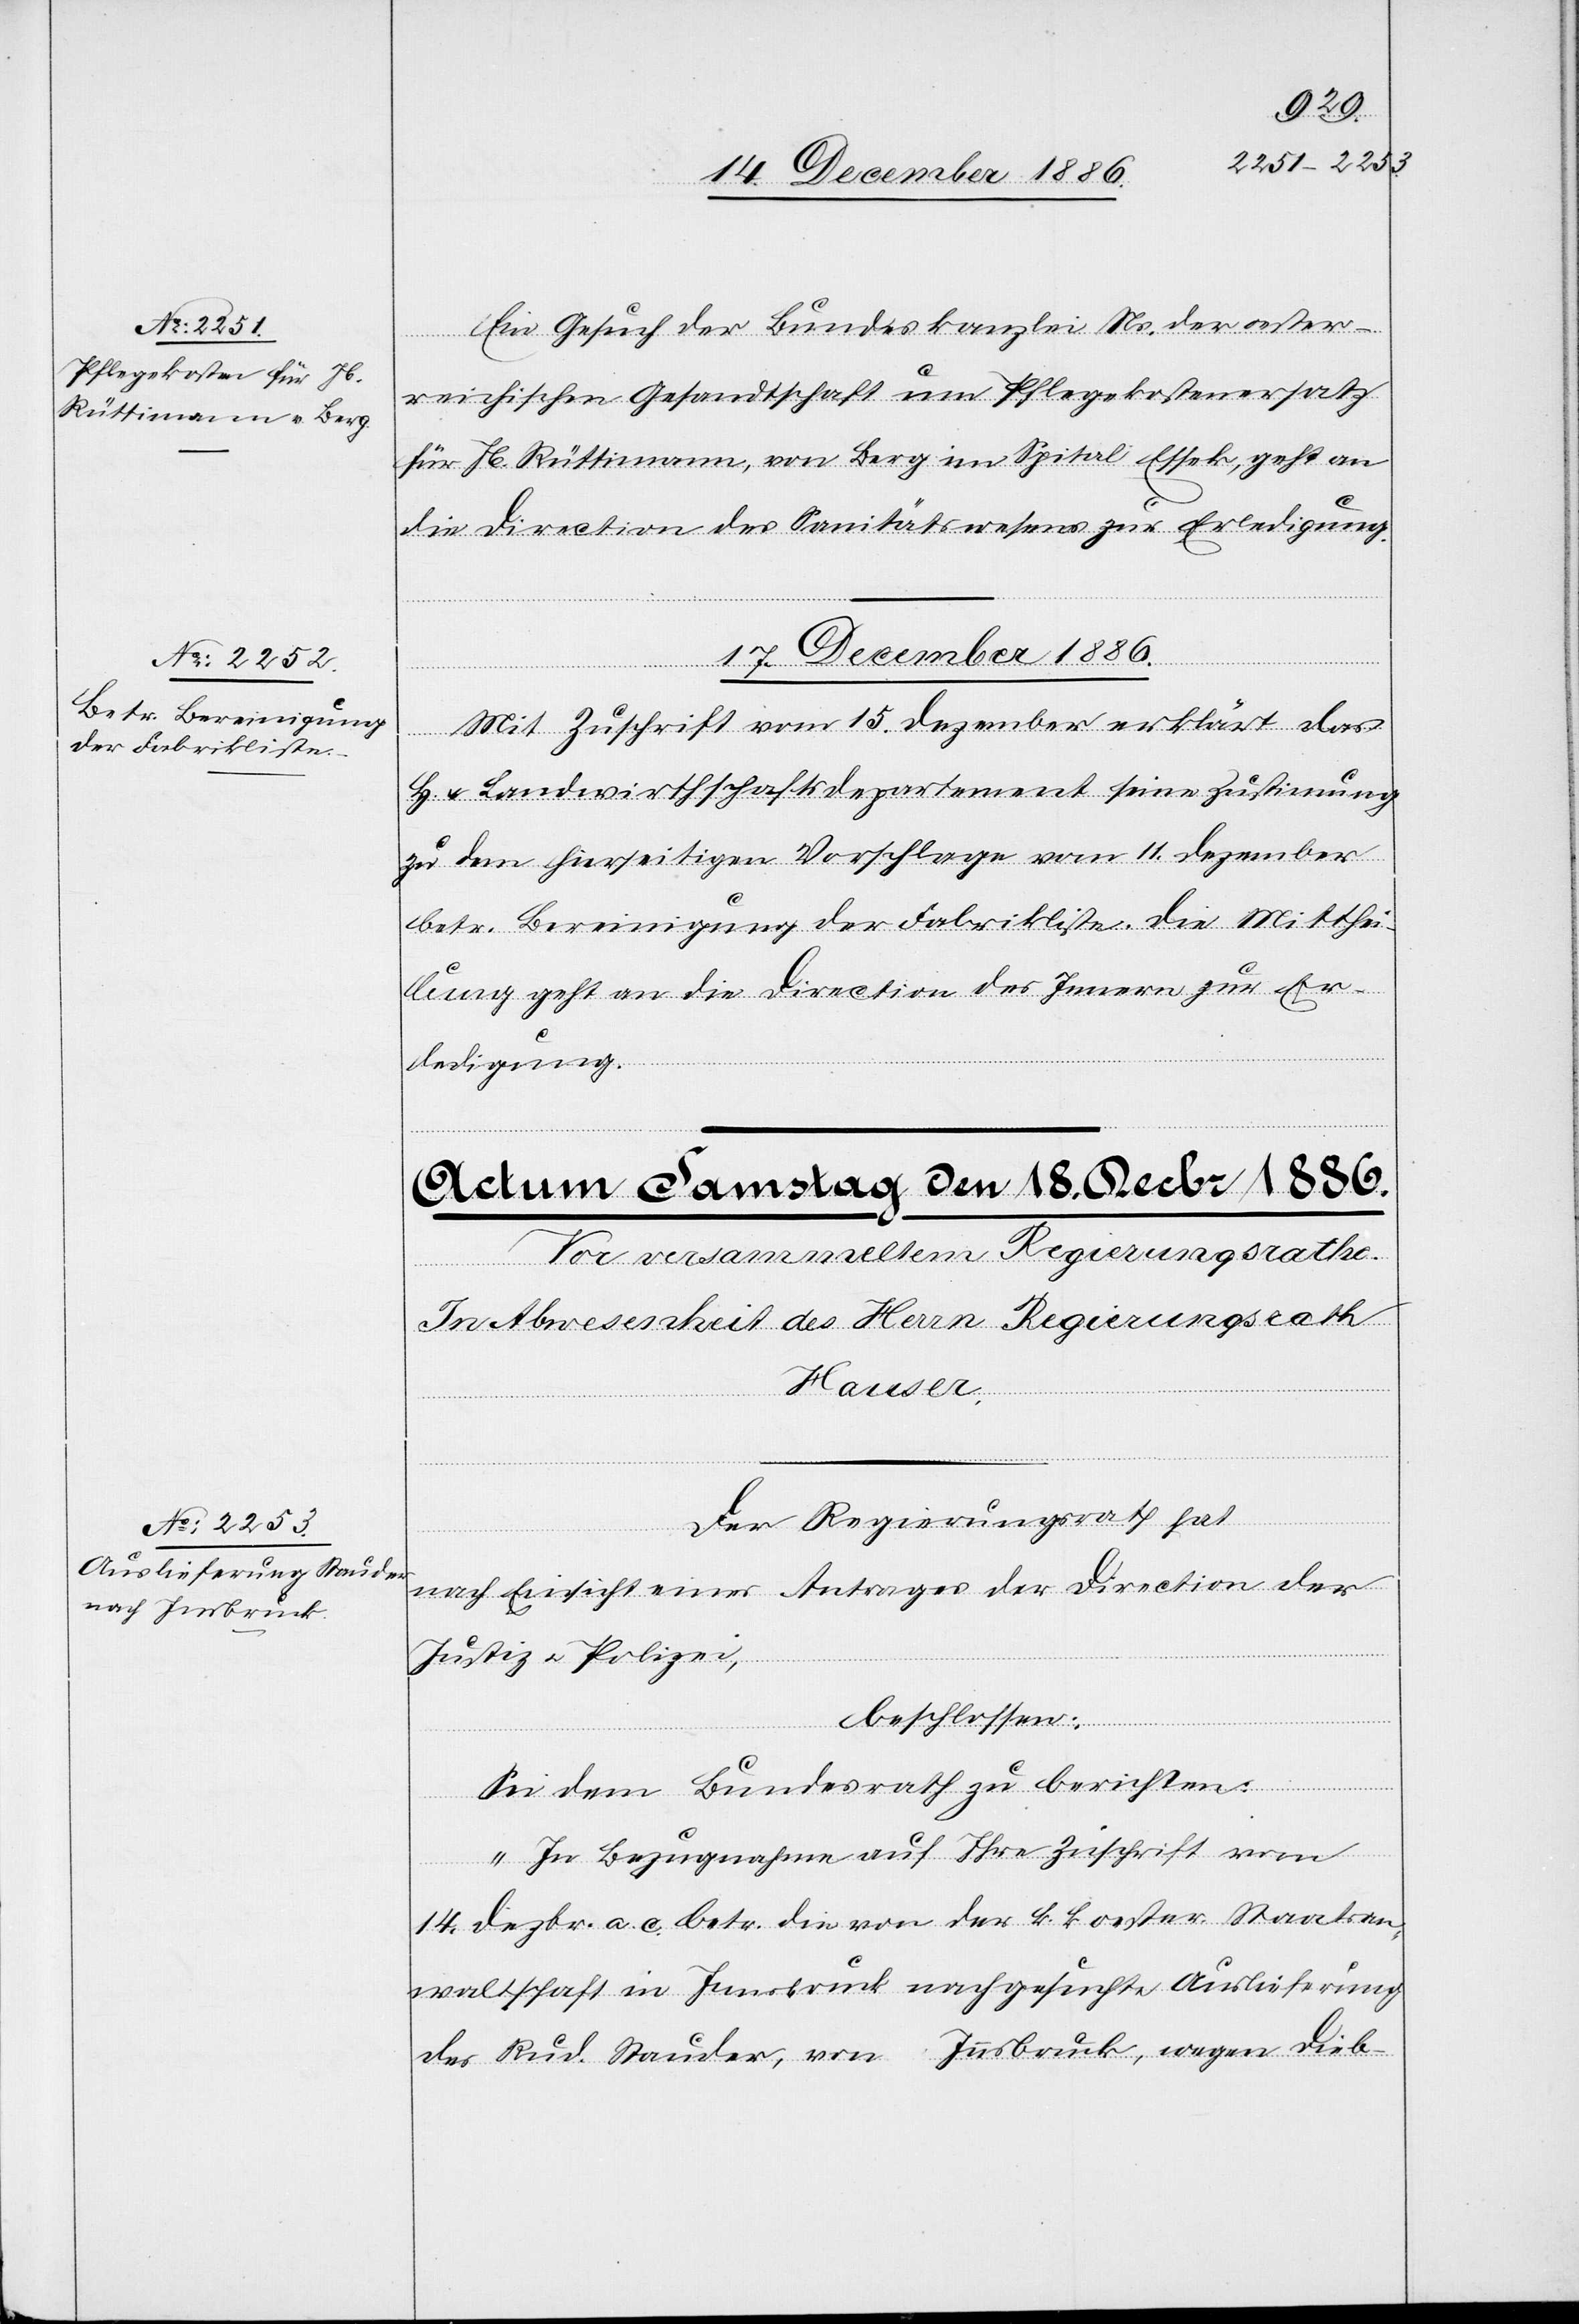
Ein Gesuch der Bundeskanzlei Ns. der oester¬
reichischen Gesandtschaft um Pflegekostenersatz
für Jb. Rüttimann, von Berg im Spital Essek, geht an
die Direction des Sanitätswesens zur Erledigung.
fügungen.]
17. Dezember 1886.
Mit Zuschrift vom 15. Dezember erklärt das
H. & Landwirtschaftsdepartement seine Zustimmung
zu dem hierseitigen Vorschlage vom 11. Dezember
betr. Bereinigung der Fabrikliste. Die Mitthei¬
lung geht an die Direction des Innern zur Er¬
ledigung.
sidia¬
Der Regierungsrath hat
lverf¬
nach Einsicht eines Antrages der Direction der
Justiz & Polizei,
beschlossen:
Sei dem Bundesrath zu berichten:
„In Bezugnahme auf Ihre Zuschrift vom
14. Dezbr. a. c. betr. die von der k. k. oester. Staatsan¬
waltschaft in Innsbruck nachgesuchte Auslieferung
des Rud. Stauder, von Innsbruck, wegen Dieb-